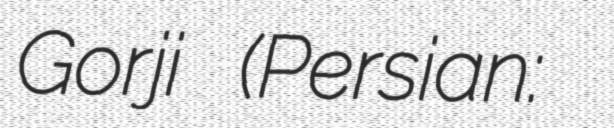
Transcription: Gorji (Persian: قاسم